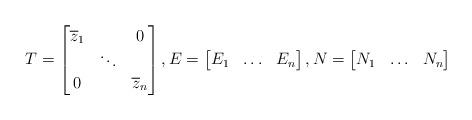
LaTeX: \begin{align*}T=\begin{bmatrix}\overline{z}_1 & & 0\\ &\ddots & \\ 0 && \overline{z}_n\end{bmatrix},E=\begin{bmatrix}E_1 & \ldots & E_n\end{bmatrix},N=\begin{bmatrix}N_1 & \ldots & N_n\end{bmatrix} \end{align*}